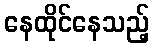
နေထိုင်နေသည့်